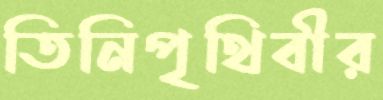
তিনিপৃথিবীর